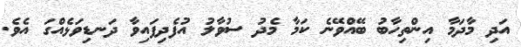
އަދި މާދަމާ އިންތިހާބު ބޭއްވޭނެ ކަމާ މެދު ސުވާލު އުފެދިފައިވާ ދަނޑިވަޅެއްގަ އެވެ.